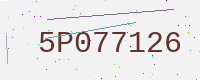
Text: 5P077126